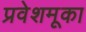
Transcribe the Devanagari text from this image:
प्रवेशमूका